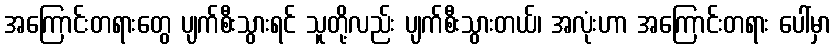
အကြောင်းတရားတွေ ပျက်စီးသွားရင် သူတို့လည်း ပျက်စီးသွားတယ်၊ အလုံးဟာ အကြောင်းတရား ပေါ်မှာ